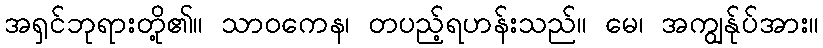
အရှင်ဘုရားတို့၏။ သာဝကေန၊ တပည့်ရဟန်းသည်။ မေ၊ အကျွန်ုပ်အား။